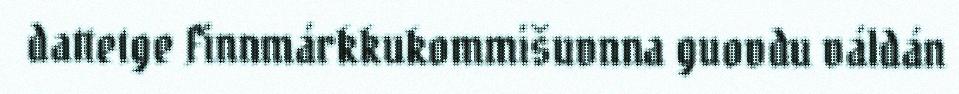
dattetge Finnmárkkukommišuvnna guovdu váldán